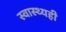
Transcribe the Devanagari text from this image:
स्वास्थ्यही